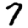
Digit: 7